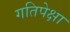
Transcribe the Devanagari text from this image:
गतिपेक्षा